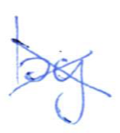
Text: by
Cross-out: cross
Writing tool: ballpoint